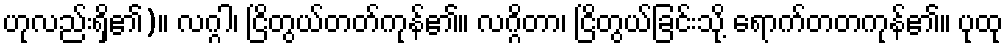
ဟုလည်းရှိ၏)။ လဂ္ဂါ၊ ငြိတွယ်တတ်ကုန်၏။ လဂ္ဂိတာ၊ ငြိတွယ်ခြင်းသို့ ရောက်တတကုန်၏။ ပုထု